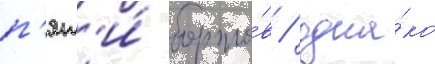
п'ят'и́ борто́в / одна́ко